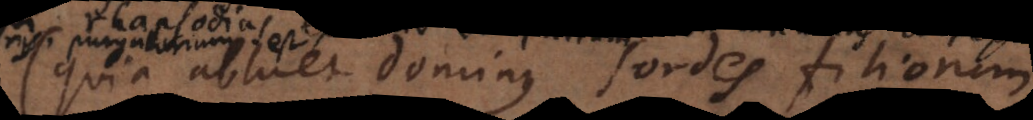
(quia abluet dominus sordes filiorum